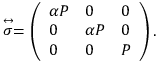
\stackrel { \leftrightarrow } { \sigma } = \left( \begin{array} { l l l } { \alpha P } & { 0 } & { 0 } \\ { 0 } & { \alpha P } & { 0 } \\ { 0 } & { 0 } & { P } \end{array} \right) .